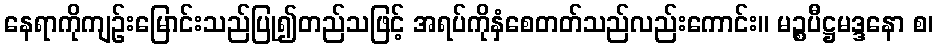
နေရာကိုကျဉ်းမြောင်းသည်ပြု၍တည်သဖြင့် အရပ်ကိုနှံစေတတ်သည်လည်းကောင်း။ မဉ္စပီဋ္ဌမဒ္ဒနော စ၊